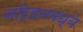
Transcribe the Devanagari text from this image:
जॉर्डनमध्ये